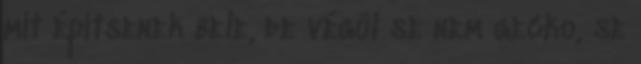
mit építsenek bele, de végül se nem gecko, se